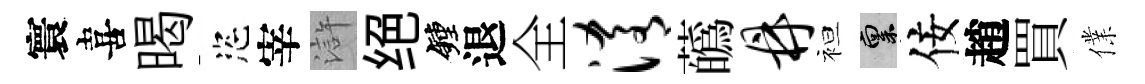
寰喜暍恣宰滸绝鐘退全淆蘤鼎袒禀佞趙買㒒